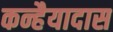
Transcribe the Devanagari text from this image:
कन्हैयादास